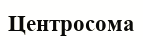
Центросома